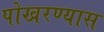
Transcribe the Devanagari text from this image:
पोखरण्यास